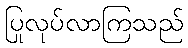
ပြုလုပ်လာကြသည်